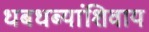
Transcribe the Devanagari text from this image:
धबधब्यांशिवाय